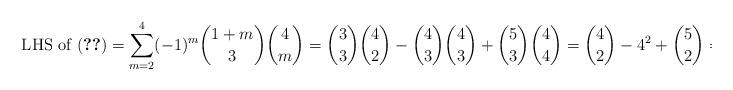
LaTeX: \begin{align*} \text{ LHS of (\ref{eqn:final})} = \sum_{m=2}^4 (-1)^m \binom{1+m}{3} \binom{4}{m} = \binom{3}{3} \binom{4}{2} - \binom{4}{3} \binom{4}{3} + \binom{5}{3} \binom{4}{4} = \binom{4}{2} - 4^2 + \binom{5}{2} = 0 \end{align*}